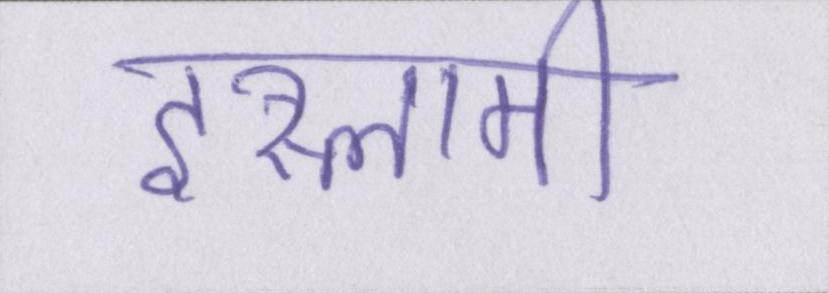
इस्लामी